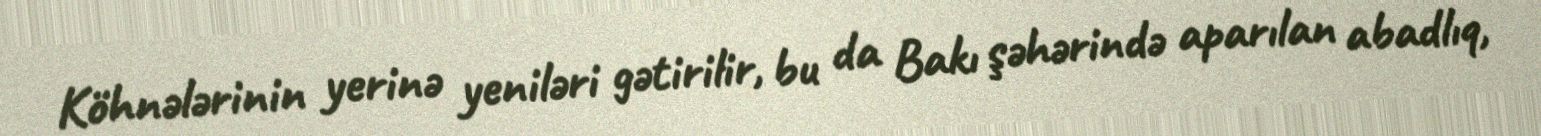
Köhnələrinin yerinə yeniləri gətirilir, bu da Bakı şəhərində aparılan abadlıq,